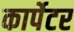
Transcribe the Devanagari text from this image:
कार्पेटर